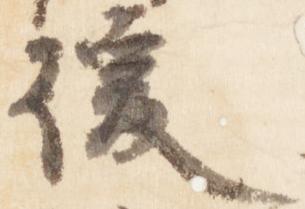
後